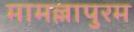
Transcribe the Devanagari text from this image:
मामल्लापुरम